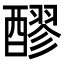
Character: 醪